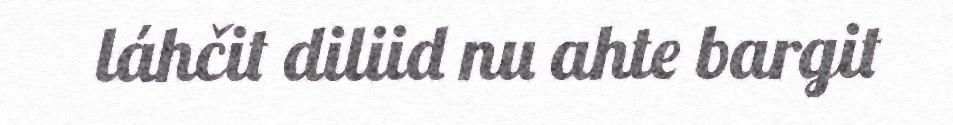
láhčit diliid nu ahte bargit